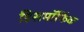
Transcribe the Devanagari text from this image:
डिसमॉर्फिक